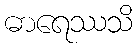
ဓာရေဿသိ